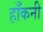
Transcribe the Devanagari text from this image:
हाँकनी